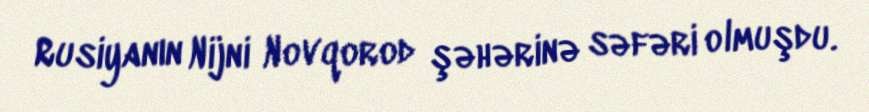
Rusiyanın Nijni Novqorod şəhərinə səfəri olmuşdu.